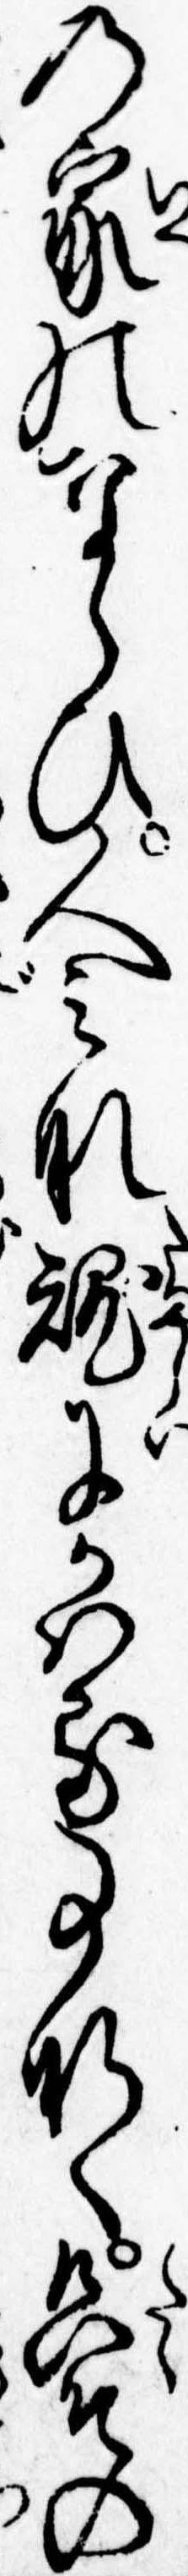
の家のならひ人みな魂にかはる事なく只その